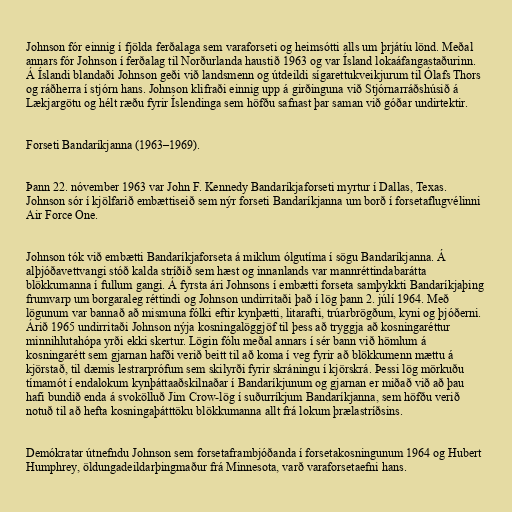
Johnson fór einnig í fjölda ferðalaga sem varaforseti og heimsótti alls um þrjátíu lönd. Meðal
annars fór Johnson í ferðalag til Norðurlanda haustið 1963 og var Ísland lokaáfangastaðurinn.
Á Íslandi blandaði Johnson geði við landsmenn og útdeildi sígarettukveikjurum til Ólafs Thors
og ráðherra í stjórn hans. Johnson klifraði einnig upp á girðinguna við Stjórnarráðshúsið á
Lækjargötu og hélt ræðu fyrir Íslendinga sem höfðu safnast þar saman við góðar undirtektir.

Forseti Bandaríkjanna (1963–1969).

Þann 22. nóvember 1963 var John F. Kennedy Bandaríkjaforseti myrtur í Dallas, Texas.
Johnson sór í kjölfarið embættiseið sem nýr forseti Bandaríkjanna um borð í forsetaflugvélinni
Air Force One.

Johnson tók við embætti Bandaríkjaforseta á miklum ólgutíma í sögu Bandaríkjanna. Á
alþjóðavettvangi stóð kalda stríðið sem hæst og innanlands var mannréttindabarátta
blökkumanna í fullum gangi. Á fyrsta ári Johnsons í embætti forseta samþykkti Bandaríkjaþing
frumvarp um borgaraleg réttindi og Johnson undirritaði það í lög þann 2. júlí 1964. Með
lögunum var bannað að mismuna fólki eftir kynþætti, litarafti, trúarbrögðum, kyni og þjóðerni.
Árið 1965 undirritaði Johnson nýja kosningalöggjöf til þess að tryggja að kosningaréttur
minnihlutahópa yrði ekki skertur. Lögin fólu meðal annars í sér bann við hömlum á
kosningarétt sem gjarnan hafði verið beitt til að koma í veg fyrir að blökkumenn mættu á
kjörstað, til dæmis lestrarprófum sem skilyrði fyrir skráningu í kjörskrá. Þessi lög mörkuðu
tímamót í endalokum kynþáttaaðskilnaðar í Bandaríkjunum og gjarnan er miðað við að þau
hafi bundið enda á svokölluð Jim Crow-lög í suðurríkjum Bandaríkjanna, sem höfðu verið
notuð til að hefta kosningaþátttöku blökkumanna allt frá lokum þrælastríðsins.

Demókratar útnefndu Johnson sem forsetaframbjóðanda í forsetakosningunum 1964 og Hubert
Humphrey, öldungadeildarþingmaður frá Minnesota, varð varaforsetaefni hans.